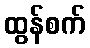
ထွန်စက်